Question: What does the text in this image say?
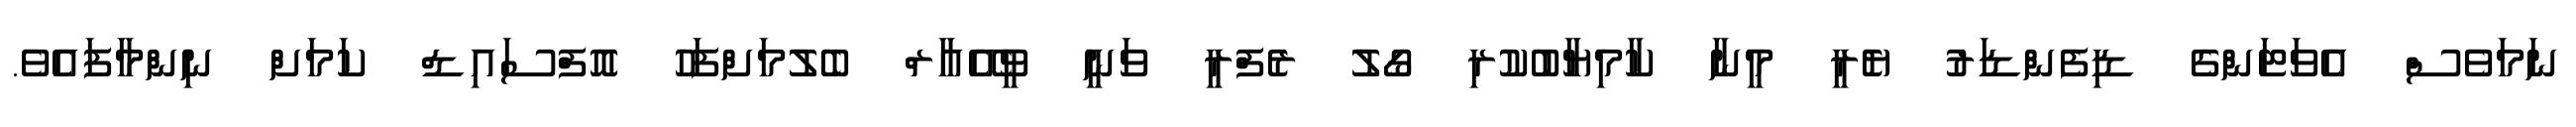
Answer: ނަމަވެސް އެވަޓަންގެ ޑިފެންޑަރު ޔެރީ މީނާ ކާމިޔާބުކުރި ގޯލު ރެފްރީ ވަނީ ވީއޭއާރް ބެލުމަށްފަހު އޮފްސައިޑް ކަމަށް ނިންމާފައެވެ.